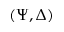
( \Psi , \Delta )